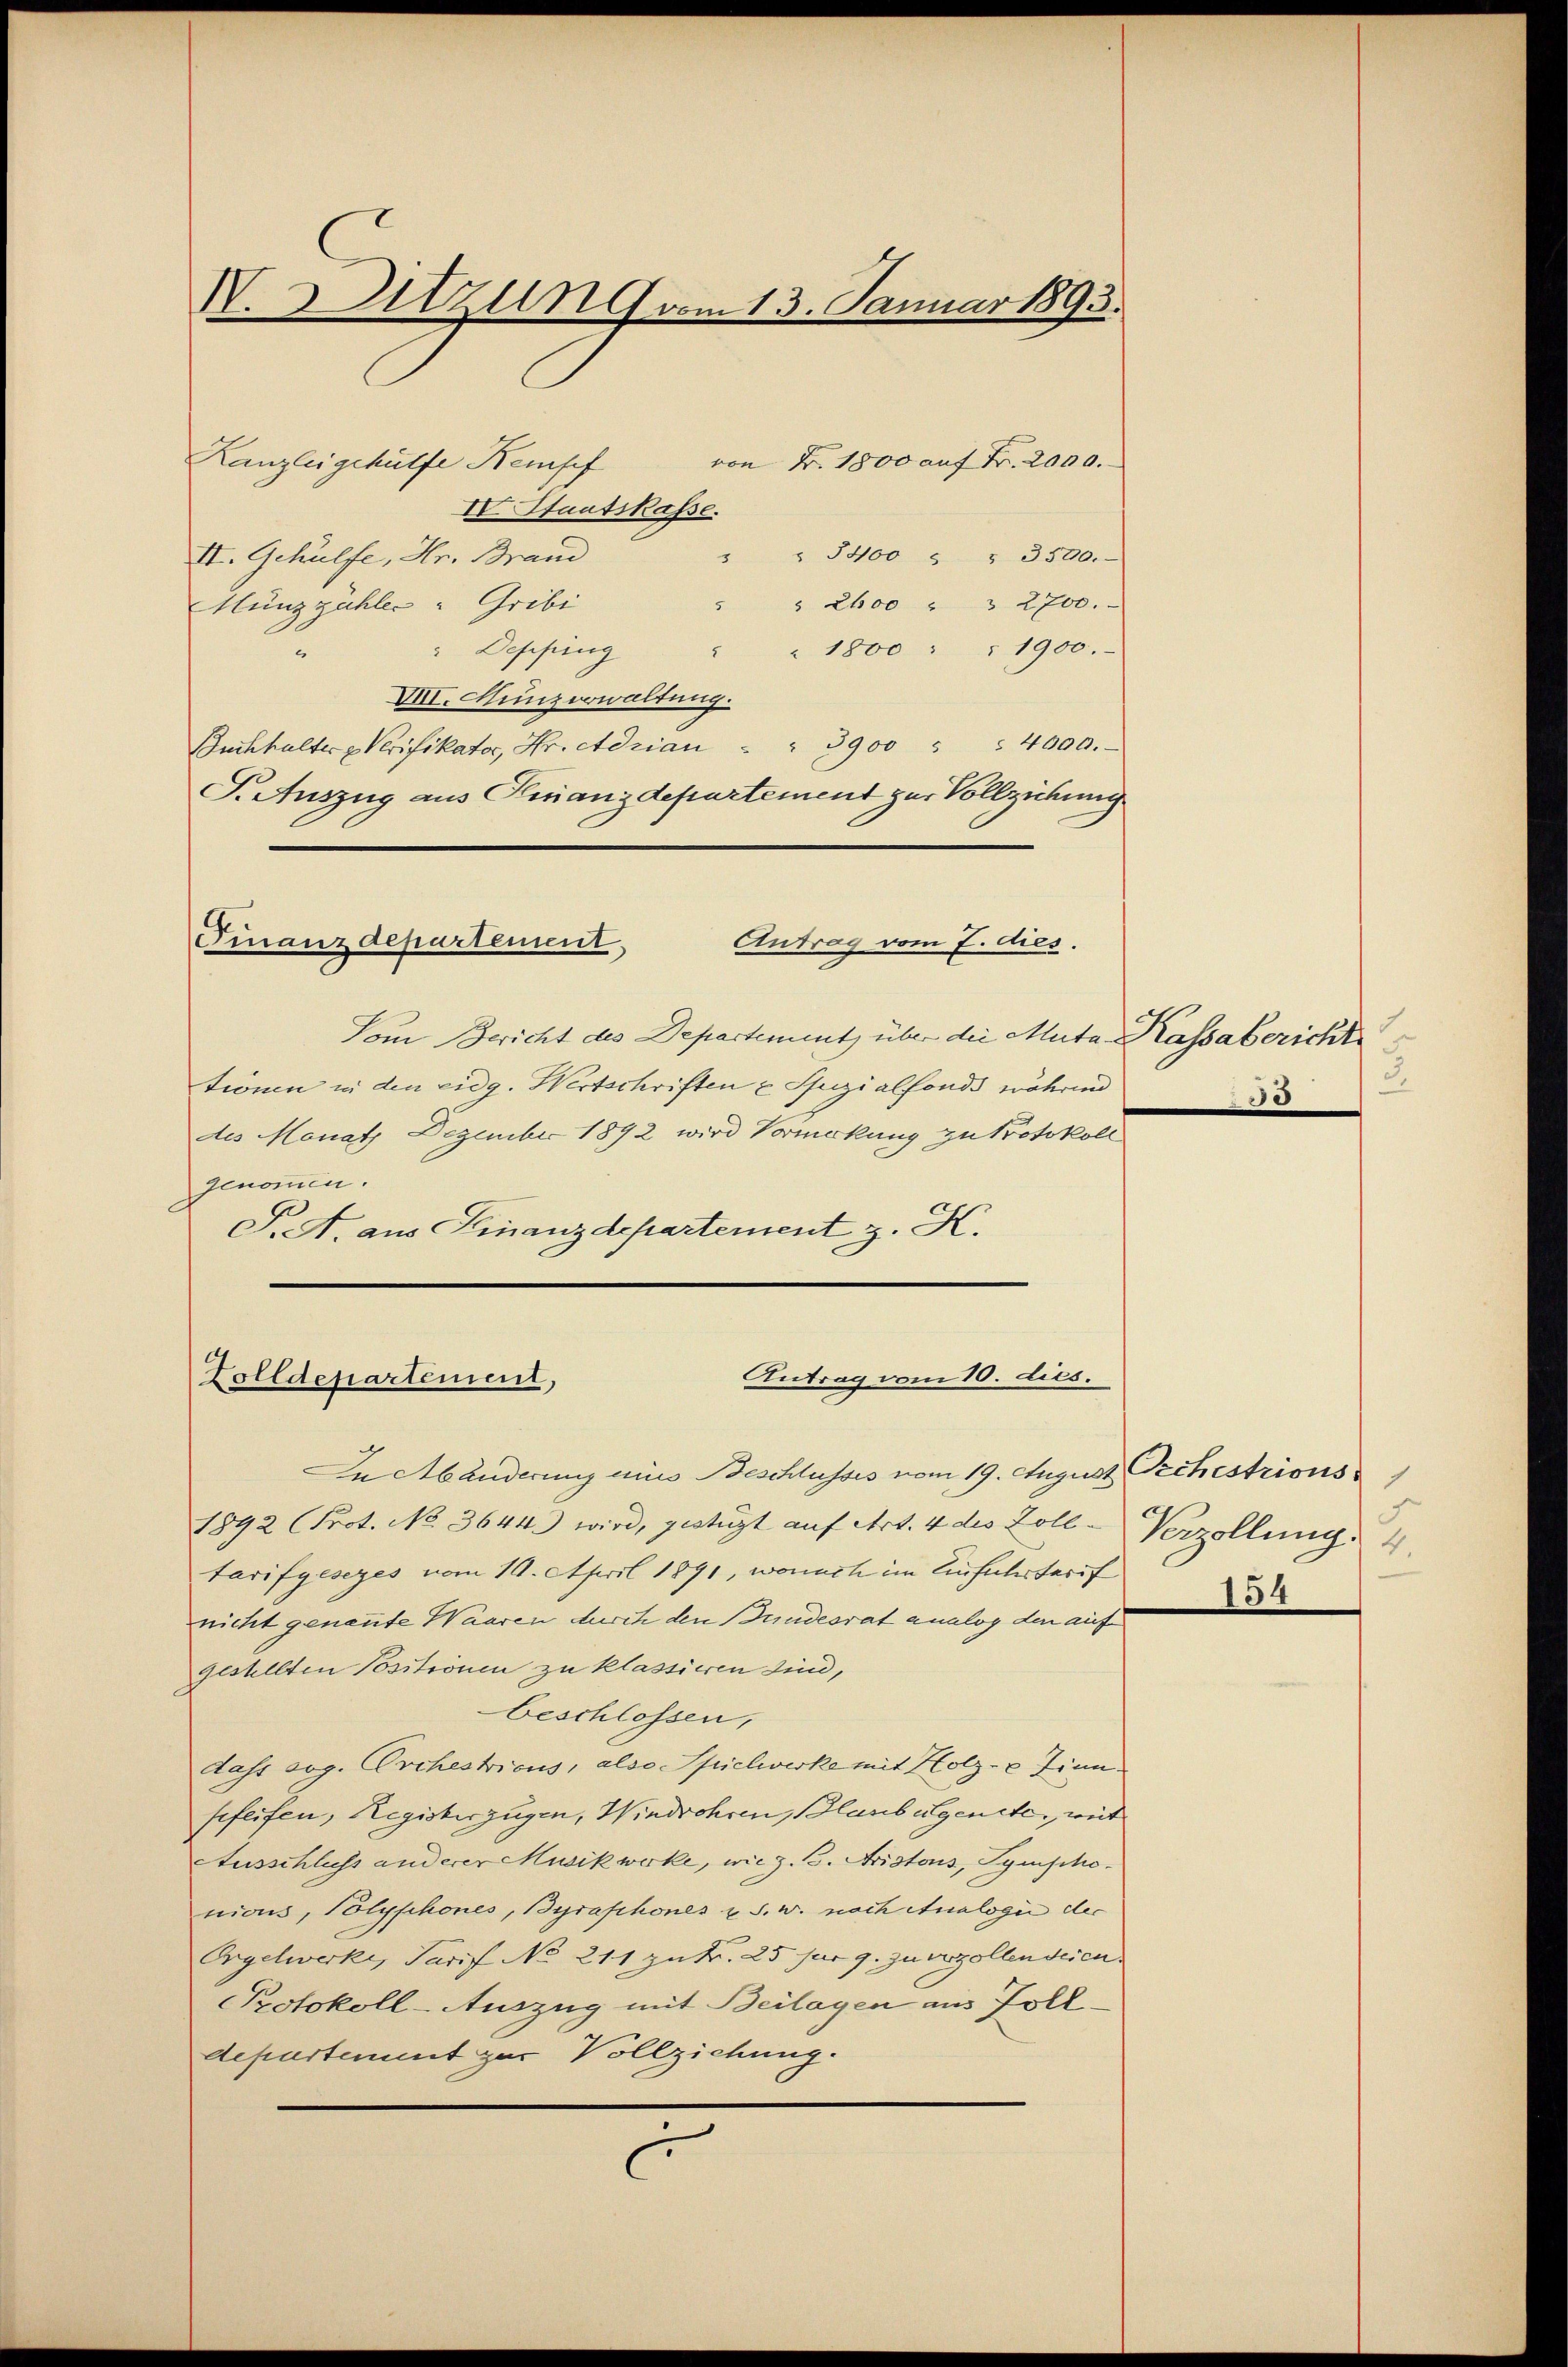
V. Sitzung vom 13. Januar 1893.

Kanzleigehülfe Kempf
IV. Staatskasse.
II. Gehülfe, Hr. Brand
" " 5400 " " 3500.
Hünzzähler - Gribi
" " 2600 " " 2700.
" Depesing " " 1800 " " 1900.
VII. Munzorwaltung.
Buchhalter Verifikator, Hr. Adrian " " 3900 " " 4000.
S. Auszug aus Finanzdepartement zur Vollziehung
Finanzdepartement
Antrag vom 7. dies.

von Nr. 1800 auf Fr. 2000.

Vom Bericht des Departement über die Muta Kassabericht
tionen in den eidg. Wertschriften u Pfizialfonds während
des Monat Dezember 1892 wird Vormerkung zu Protokoll
genommen.
Pr. A. aus Finanzdepartement z. K.

Antrag vom 10. dies.
Zolldepartement,

In Abänderung eines Beschlusses vom 19. August Pechestrions
1892 (Prot. No. 3644) wird, gestüzt auf Art. 4 des Zoll-Verzollung.
tarifgesezes vom 10. April 1891, wonach im Anfületarif
nicht genannte Waaren durch den Bundesrat analog den auf
gestellten Positionen zu klassieren sind,
beschlossen,
dahr sog. Orchestions, also Spielwirke mit Holz- u Tinnsefeifen, Registerzügen, Windrohren, Blaubigenste, mit
Ausschluss anderer Musikwirke, wie z. B. Aristons, Sympho-
nions, Polyphones, Byrashones u. s. w. nach Analogie der
Orgelwerke, Sarif No 211 zutr. 25 für 9. zu erzollen dien
Protokoll-Auszug mit Beilagen aus Folldepartement zur Vollziehung.
C

3.
30

.
4.
154